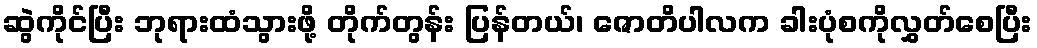
ဆွဲကိုင်ပြီး ဘုရားထံသွားဖို့ တိုက်တွန်း ပြန်တယ်၊ ဇောတိပါလက ခါးပုံစကိုလွှတ်စေပြီး